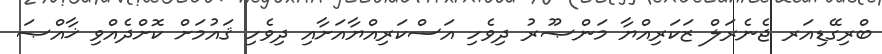
ބްރިގޭޑިއަރ ޖެނެރަލް ޒަކަރިއްޔާ މަންޞޫރު ދިވެހި އަސްކަރިއްޔާއަށާއި ދިވެހި ޤައުމަށް ކޮށްދެއްވި ޚާއްޞަ